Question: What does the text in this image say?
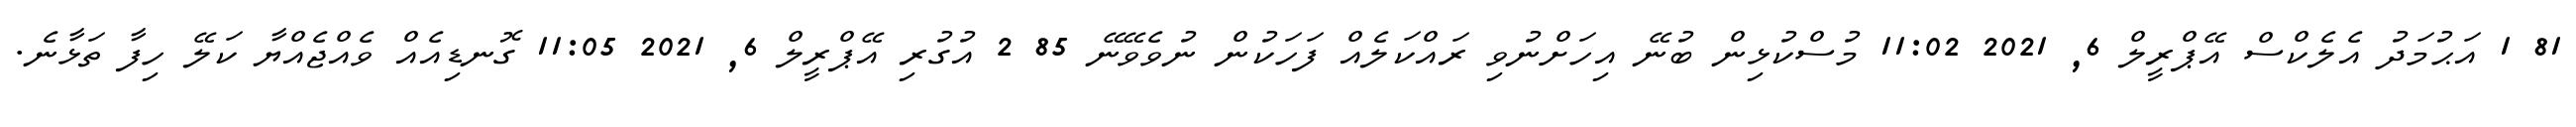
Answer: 81 1 އަޙުމަދު އެލެކްސް އޭޕްރީލް 6, 2021 11:02 މުސްކުޅިން ބުނޭ އިހަށްނުވި ރައްކަލެއް ފަހަކުން ނުވެވޭނޭ 85 2 އުގުރި އޭޕްރީލް 6, 2021 11:05 ގޮނޑިއެއް ވެއްޖެއްޔާ ކަލޭ ހިފާ ތަޅާނެ.